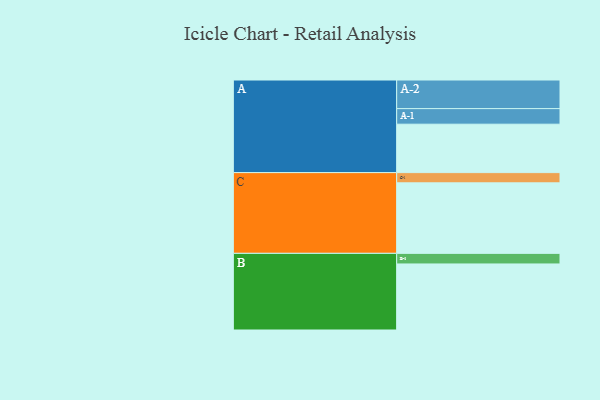
{"axis": {"x": "Segment", "y": "Value"}, "legend": ["", "A", "B", "C"], "data": [{"x": "A", "y": 379, "type": ""}, {"x": "B", "y": 517, "type": ""}, {"x": "C", "y": 552, "type": ""}, {"x": "A-1", "y": 122, "type": "A"}, {"x": "A-2", "y": 224, "type": "A"}, {"x": "B-1", "y": 83, "type": "B"}, {"x": "C-1", "y": 80, "type": "C"}]}